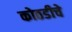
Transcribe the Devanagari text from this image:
कोठडीचे